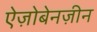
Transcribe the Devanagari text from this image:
ऐज़ोबेनज़ीन